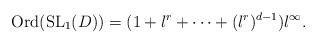
LaTeX: \begin{align*}{\rm Ord} ( {\rm SL}_1 (D))= ( 1 + l^r + \cdots + (l^r)^{d-1}) l^\infty.\end{align*}